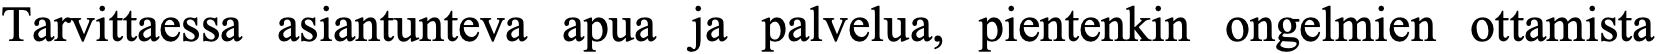
Tarvittaessa asiantunteva apua ja palvelua, pientenkin ongelmien ottamista